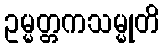
ဥမ္မတ္တကသမ္မုတိ